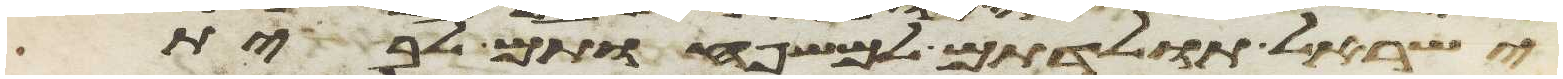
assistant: ישראל תולדתם למשפחותם לבית